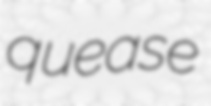
quease